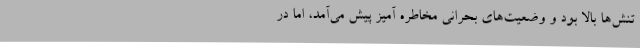
تنش‌ها بالا بود و وضعیت‌های بحرانی مخاطره آمیز پیش می‌آمد، اما در